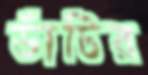
ডাঁটির